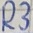
Text: R3